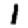
Digit: 1